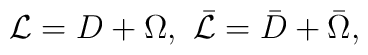
{\cal L}=D+\Omega,\,\, \bar{\cal L}=\bar D+\bar\Omega,